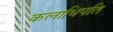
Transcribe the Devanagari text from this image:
कलाधिपति